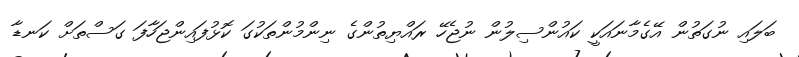
ބަލައި ނުގަތުން އޭގެމާނައަކީ ކައުންސިލުން ނުޖެހޭ ރައްޔިތުންގެ ނިންމުންތަކުގަ ކޮޅުފައިންޖަހާފަ ގަސްތަށް ކަނޑާ